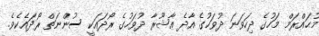
މުޙައްރަމް މަހުގެ ދިހަވަނަ ދުވަހުގެ އާދެ ޢާޝޫރާ ދުވަހުގެ ރޯދައަކީ ސުންނަތް ރޯދައެކެވެ.